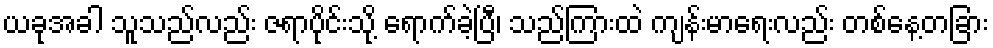
ယခုအခါ သူသည်လည်း ဇရာပိုင်းသို့ ရောက်ခဲ့ပြီ၊ သည်ကြားထဲ ကျန်းမာရေးလည်း တစ်နေ့တခြား